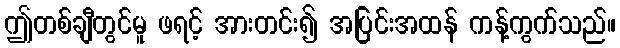
ဤတစ်ချီတွင်မူ ဖရင့် အားတင်း၍ အပြင်းအထန် ကန့်ကွက်သည်။